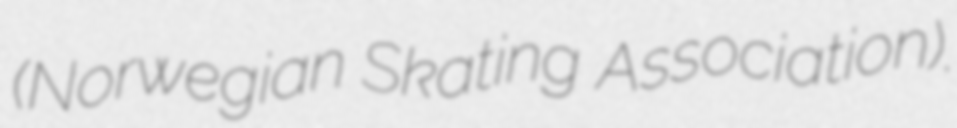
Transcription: (Norwegian Skating Association).